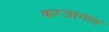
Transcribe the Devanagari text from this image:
करजागाव